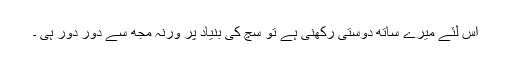
اس لئے میرے ساتھ دوستی رکھنی ہے تو سچ کی بنیاد پر ورنہ مجھ سے دور دور ہی ۔